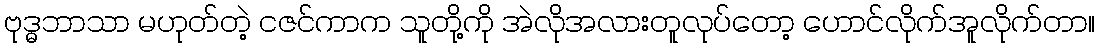
ဗုဒ္ဓဘာသာ မဟုတ်တဲ့ ငဇင်ကာက သူတို့ကို အဲလိုအလားတူလုပ်တော့ ဟောင်လိုက်အူလိုက်တာ။